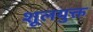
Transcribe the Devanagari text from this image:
शूलयुक्त